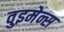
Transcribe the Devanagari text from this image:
वुइमेन्स